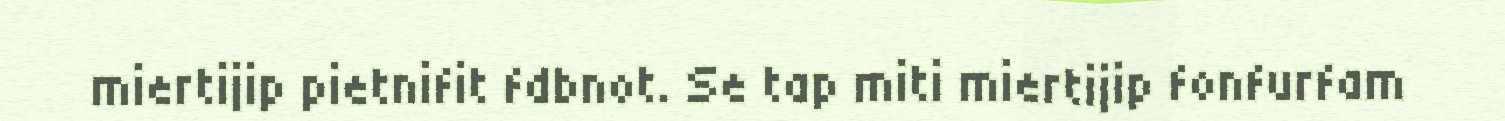
miertijip pietnifit fdbnot. Se tap miti miertijip fonfurfam